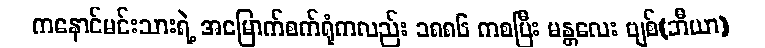
ကနောင်မင်းသားရဲ့ အမြောက်စက်ရုံကလည်း ၁၈၈၆ ကစပြီး မန္တလေး ဗျစ်(ဘီယာ)